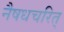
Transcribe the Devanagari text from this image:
नैषधचरित्‌